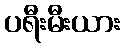
ပရီးမီးယား